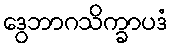
ဒွေဘာဂသိက္ခာပဒံ